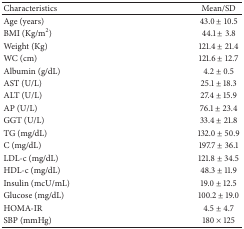
<table><thead><tr><td><b>Characteristics </b></td><td><b>Mean/SD</b></td></tr></thead><tbody><tr><td>Age (years)</td><td>43.0 ± 10.5</td></tr><tr><td>BMI (Kg/m<sup>2</sup>)</td><td>44.1 ± 3.8</td></tr><tr><td>Weight (Kg)</td><td>121.4 ± 21.4</td></tr><tr><td>WC (cm)</td><td>121.6 ± 12.7</td></tr><tr><td>Albumin (g/dL)</td><td>4.2 ± 0.5</td></tr><tr><td>AST (U/L)</td><td>25.1 ± 18.3</td></tr><tr><td>ALT (U/L)</td><td>27.4 ± 15.9</td></tr><tr><td>AP (U/L)</td><td>76.1 ± 23.4</td></tr><tr><td>GGT (U/L)</td><td>33.4 ± 21.8</td></tr><tr><td>TG (mg/dL)</td><td>132.0 ± 50.9</td></tr><tr><td>C (mg/dL)</td><td>197.7 ± 36.1</td></tr><tr><td>LDL-c (mg/dL)</td><td>121.8 ± 34.5</td></tr><tr><td>HDL-c (mg/dL)</td><td>48.3 ± 11.9</td></tr><tr><td>Insulin (mcU/mL)</td><td>19.0 ± 12.5</td></tr><tr><td>Glucose (mg/dL)</td><td>100.2 ± 19.0</td></tr><tr><td>HOMA-IR</td><td>4.5 ± 4.7</td></tr><tr><td>SBP (mmHg)</td><td>180 × 125</td></tr></tbody></table>